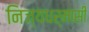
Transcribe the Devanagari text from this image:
निज्यधर्मासी